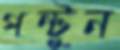
পন্টুন